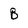
Character: B